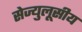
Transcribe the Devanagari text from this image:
सेज्युलूसीय